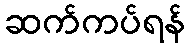
ဆက်ကပ်ရန်